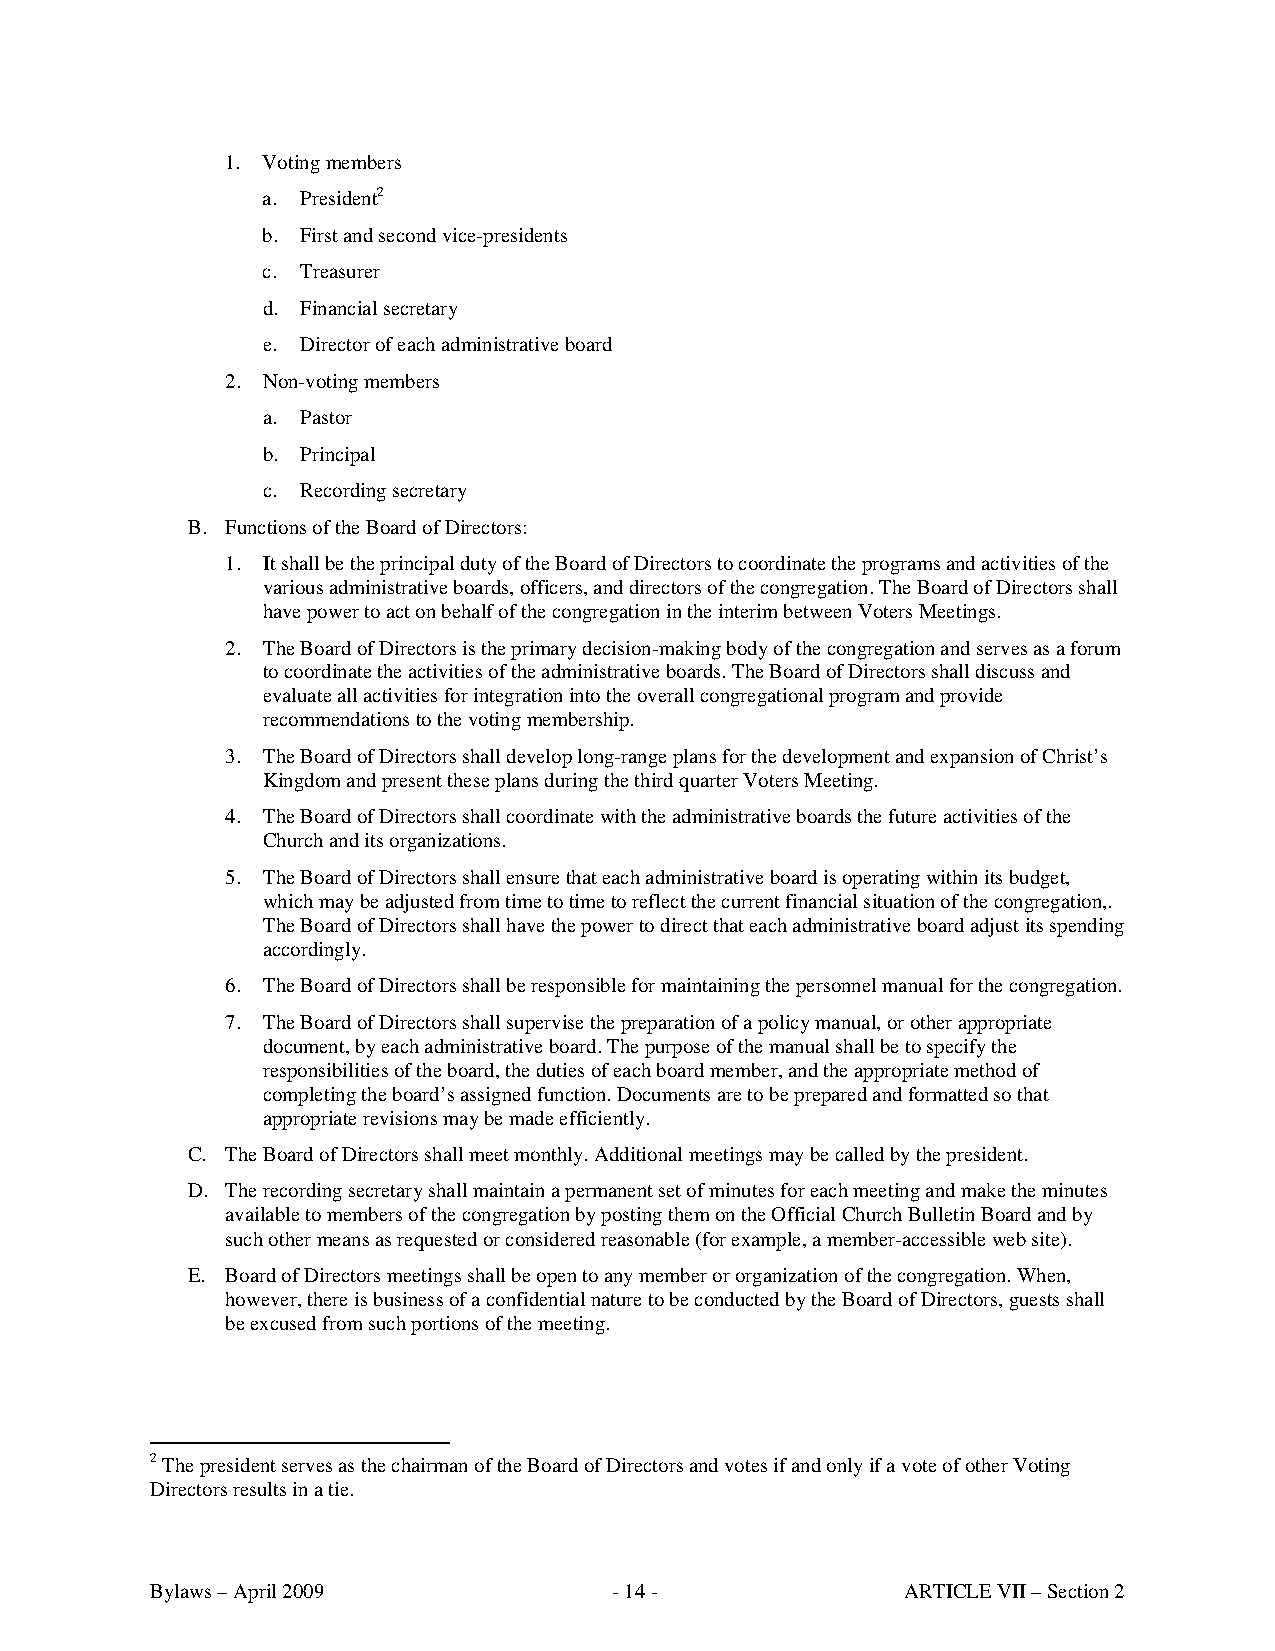
1. Voting members
 a. President2
 b. First and second vice-presidents
 c. Treasurer
 d. Financial secretary
 e. Director of each administrative board
 2. Non-voting members
 a. Pastor
 b. Principal
 c. Recording secretary
 B. Functions of the Board of Directors:
 1. It shall be the principal duty of the Board of Directors to coordinate the programs and activities of the
 various administrative boards, officers, and directors of the congregation. The Board of Directors shall
 have power to act on behalf of the congregation in the interim between Voters Meetings.
 2. The Board of Directors is the primary decision-making body of the congregation and serves as a forum
 to coordinate the activities of the administrative boards. The Board of Directors shall discuss and
 evaluate all activities for integration into the overall congregational program and provide
 recommendations to the voting membership.
 3. The Board of Directors shall develop long-range plans for the development and expansion of Christ’s
 Kingdom and present these plans during the third quarter Voters Meeting.
 4. The Board of Directors shall coordinate with the administrative boards the future activities of the
 Church and its organizations.
 5. The Board of Directors shall ensure that each administrative board is operating within its budget,
 which may be adjusted from time to time to reflect the current financial situation of the congregation,.
 The Board of Directors shall have the power to direct that each administrative board adjust its spending
 accordingly.
 6. The Board of Directors shall be responsible for maintaining the personnel manual for the congregation.
 7. The Board of Directors shall supervise the preparation of a policy manual, or other appropriate
 document, by each administrative board. The purpose of the manual shall be to specify the
 responsibilities of the board, the duties of each board member, and the appropriate method of
 completing the board’s assigned function. Documents are to be prepared and formatted so that
 appropriate revisions may be made efficiently.
 C. The Board of Directors shall meet monthly. Additional meetings may be called by the president.
 D. The recording secretary shall maintain a permanent set of minutes for each meeting and make the minutes
 available to members of the congregation by posting them on the Official Church Bulletin Board and by
 such other means as requested or considered reasonable (for example, a member-accessible web site).
 E. Board of Directors meetings shall be open to any member or organization of the congregation. When,
 however, there is business of a confidential nature to be conducted by the Board of Directors, guests shall
 be excused from such portions of the meeting.
 2 The president serves as the chairman of the Board of Directors and votes if and only if a vote of other Voting
 Directors results in a tie.
 Bylaws – April 2009            - 14 -             ARTICLE VII – Section 2